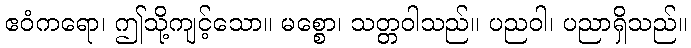
ဧဝံကရော၊ ဤသို့ကျင့်သော။ မစ္စော၊ သတ္တဝါသည်။ ပညဝါ၊ ပညာရှိသည်။